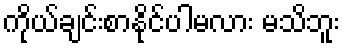
ကိုယ်ချင်းစာနိုင်ပါမလား မသိဘူး